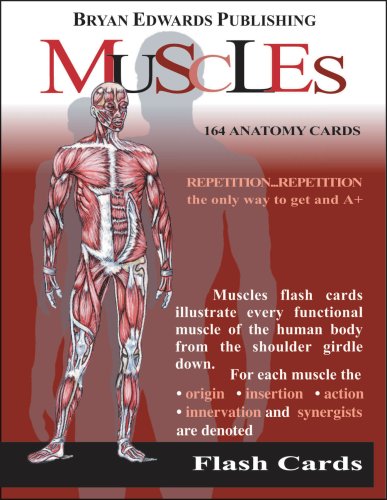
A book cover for The Muscles (Flash Cards) (Flash Anatomy); Flash Anatomy; Medical Books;